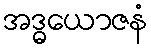
အဒ္ဓယောဇနံ